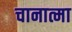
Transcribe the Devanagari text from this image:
चानात्मा